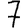
Digit: 7